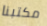
مكتبنا